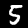
Digit: 5